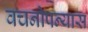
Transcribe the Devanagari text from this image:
वचनोपन्यास